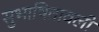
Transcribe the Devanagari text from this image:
सुभाषितावली